Annual report of the Punjab Veterinary College and of the Civil Veterinary Department, Punjab - 1920-1925
Year: 1920
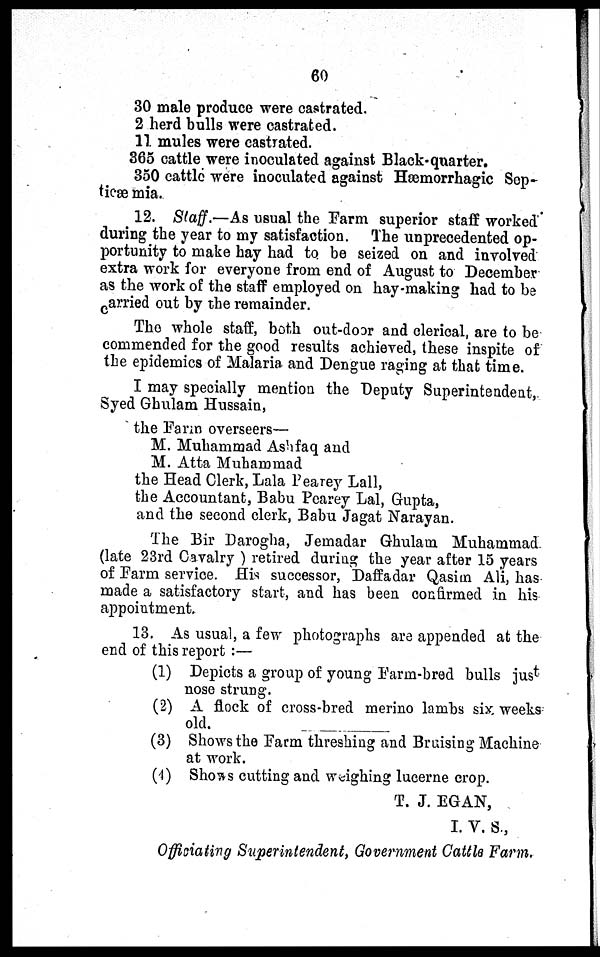
60
30 male produce were castrated.
2 herd bulls were castrated.
11 mules were castrated.
365 cattle were inoculated against Black-quarter.
350 cattle were inoculated against Hæmorrhagic Sep-
tieæ mia.
12. Staff.—As usual the Farm superior staff worked
during the year to my satisfaction. The unprecedented op-
portunity to make hay had to be seized on and involved
extra work for everyone from end of August to December
as the work of the staff employed on hay-making had to be
carried out by the remainder.
The whole staff, both out-door and clerical, are to be
commended for the good results achieved, these inspite of
the epidemics of Malaria and Dengue raging at that time.
I may specially mention the Deputy Superintendent,
Syed Ghulam Hussain,
the Farm overseers—
M. Muhammad Ashfaq and
M. Atta Muhammad
the Head Clerk, Lala Pearey Lall,
the Accountant, Babu Pearey Lal, Gupta,
and the second clerk, Babu Jagat Narayan.
The Bir Darogha, Jemadar Ghulam Muhammad.
(late 23rd Cavalry) retired during the year after 15 years
of Farm service. His successor, Daffadar Qasim Ali, has
made a satisfactory start, and has been confirmed in his
appointment.
13. As usual, a few photographs are appended at the
end of this report :—
(1) Depicts a group of young Farm-bred bulls just
nose strung.
(2) A flock of cross-bred merino lambs six weeks
old.
(3) Shows the Farm threshing and Bruising Machine
at work.
(4) Shows cutting and weighing lucerne crop.
T. J. EGAN,
I. V. S.,
Officiating Superintendent, Government Cattle Farm.